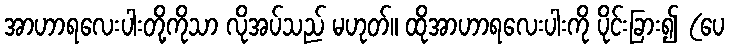
အာဟာရလေးပါးတို့ကိုသာ လိုအပ်သည် မဟုတ်။ ထိုအာဟာရလေးပါးကို ပိုင်းခြား၍ (ပေ